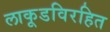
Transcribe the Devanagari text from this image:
लाकूडविरहित